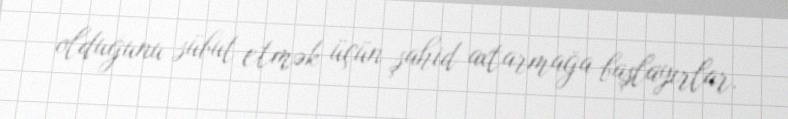
olduğunu sübut etmək üçün şahid axtarmağa başlayırlar.